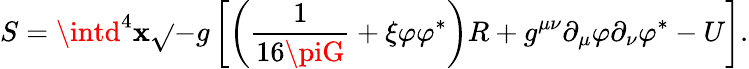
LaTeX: S=\intd^{4}\mathbf{x}\sqrt{}{{-g}}\left[\left(\frac{{1}}{{16\piG}}+\xi\varphi{\varphi}^{\ast}\right)R+g^{\mu\nu}{\partial}_{\mu}\varphi{\partial}_{\nu}{\varphi}^{\ast}-U\right].